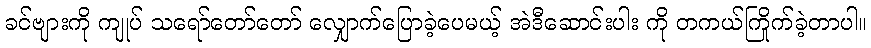
ခင်ဗျားကို ကျုပ် သရော်တော်တော် လျှောက်ပြောခဲ့ပေမယ့် အဲဒီဆောင်းပါး ကို တကယ်ကြိုက်ခဲ့တာပါ။